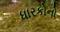
ધારકોનો